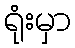
ရုံးမှာ